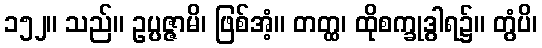
၁၅၂။ သည်။ ဥပ္ပဇ္ဇာမိ၊ ဖြစ်အံ့။ တတ္ထ၊ ထိုစက္ခုဒွါရ၌။ တွံပိ၊